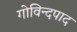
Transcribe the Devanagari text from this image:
गोविन्दपाद